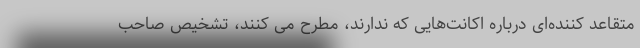
متقاعد کننده‌ای درباره اکانت‌هایی که ندارند، مطرح می کنند، تشخیص صاحب